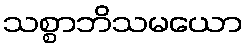
သစ္စာဘိသမယော